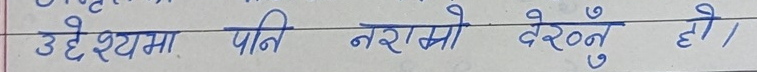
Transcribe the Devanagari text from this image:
उद्देश्यमा पनि नराम्रो देख्नु हो।